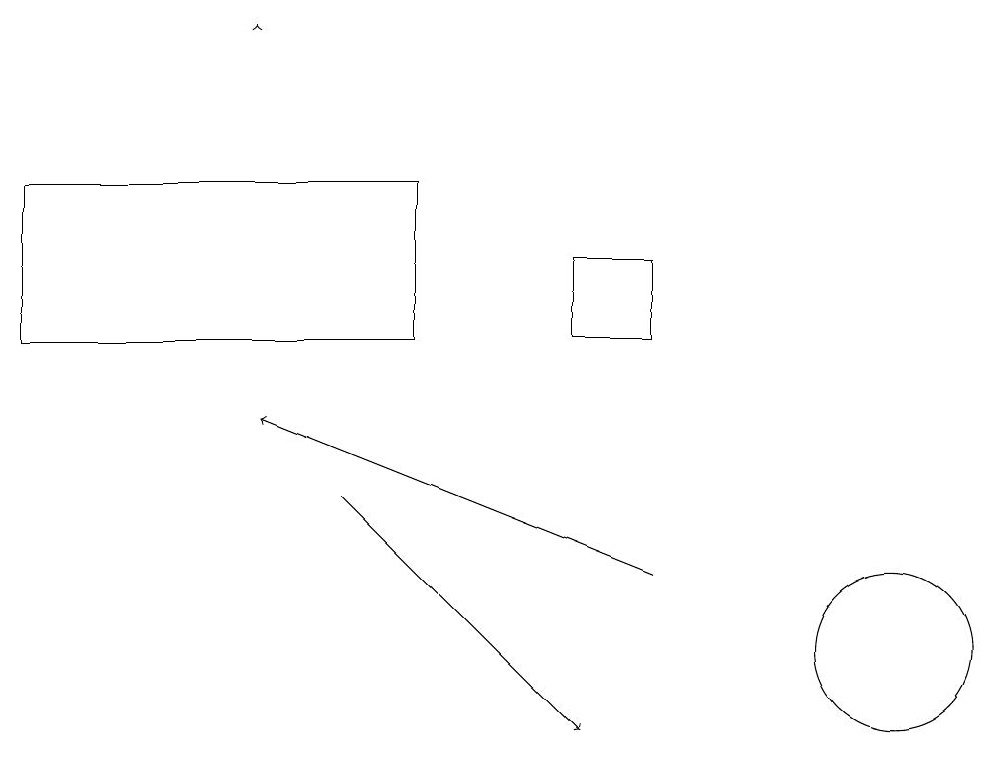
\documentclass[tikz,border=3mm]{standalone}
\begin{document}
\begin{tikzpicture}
\draw[->] (8,12) -- (3,14);
\draw[->] (4,13) -- (7,10);
\draw[->] (3,19) -- (3,19);
\draw (5,15) rectangle (0,17);
\draw (8,15) rectangle (7,16);
\draw (11,11) circle (1);
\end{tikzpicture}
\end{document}